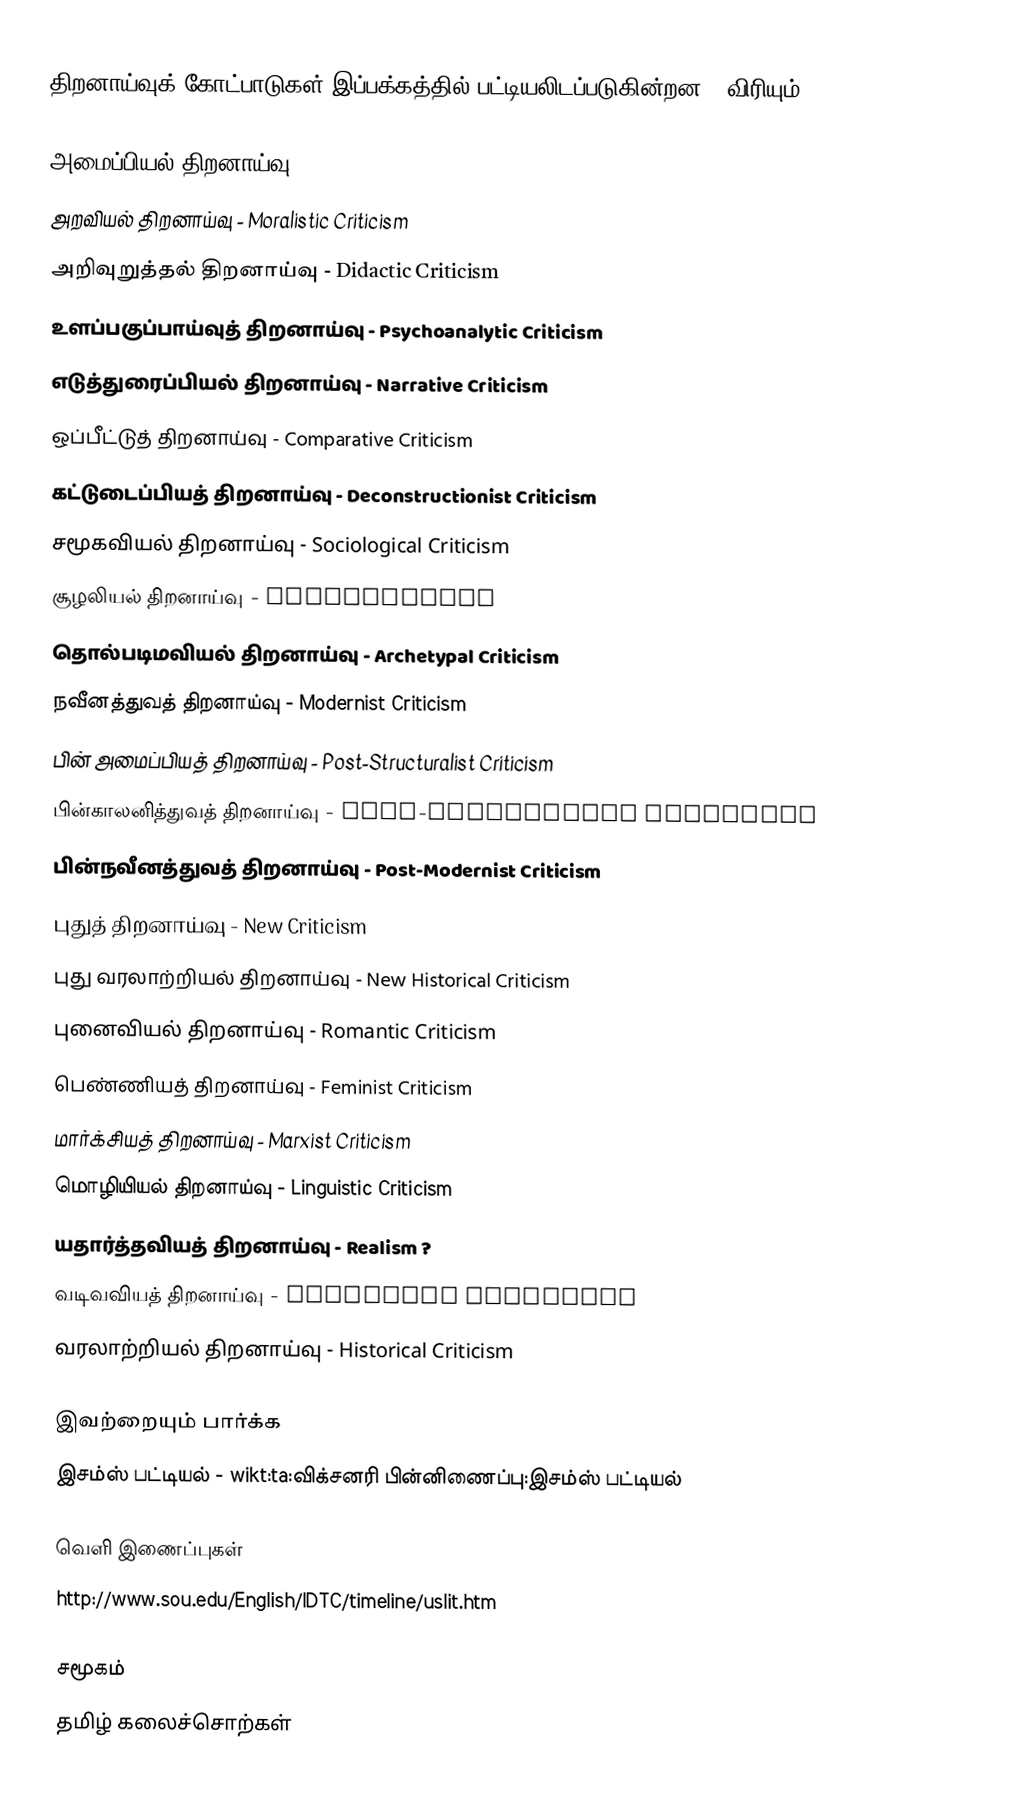
திறனாய்வுக் கோட்பாடுகள் இப்பக்கத்தில் பட்டியலிடப்படுகின்றன. (விரியும்)

 அமைப்பியல் திறனாய்வு - Structuralist Criticism
 அறவியல் திறனாய்வு - Moralistic Criticism
 அறிவுறுத்தல் திறனாய்வு - Didactic Criticism
 உளப்பகுப்பாய்வுத் திறனாய்வு - Psychoanalytic Criticism
 எடுத்துரைப்பியல் திறனாய்வு - Narrative Criticism
 ஒப்பீட்டுத் திறனாய்வு - Comparative Criticism
 கட்டுடைப்பியத் திறனாய்வு - Deconstructionist Criticism
 சமூகவியல் திறனாய்வு - Sociological Criticism
 சூழலியல் திறனாய்வு - Ecocriticism
 தொல்படிமவியல் திறனாய்வு - Archetypal Criticism
 நவீனத்துவத் திறனாய்வு - Modernist Criticism
 பின் அமைப்பியத் திறனாய்வு - Post-Structuralist Criticism
 பின்காலனித்துவத் திறனாய்வு - Post-Colonialist Criticism
 பின்நவீனத்துவத் திறனாய்வு - Post-Modernist Criticism
 புதுத் திறனாய்வு - New Criticism
 புது வரலாற்றியல் திறனாய்வு - New Historical Criticism
 புனைவியல் திறனாய்வு - Romantic Criticism
 பெண்ணியத் திறனாய்வு - Feminist Criticism
 மார்க்சியத் திறனாய்வு - Marxist Criticism
 மொழியியல் திறனாய்வு - Linguistic Criticism
 யதார்த்தவியத் திறனாய்வு - Realism ?
 வடிவவியத் திறனாய்வு - Formalist Criticism
 வரலாற்றியல் திறனாய்வு - Historical Criticism

இவற்றையும் பார்க்க
 இசம்ஸ் பட்டியல் - wikt:ta:விக்சனரி பின்னிணைப்பு:இசம்ஸ் பட்டியல்

வெளி இணைப்புகள்
 http://www.sou.edu/English/IDTC/timeline/uslit.htm

சமூகம்
தமிழ் கலைச்சொற்கள்